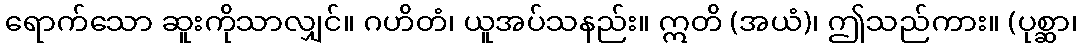
ရောက်သော ဆူးကိုသာလျှင်။ ဂဟိတံ၊ ယူအပ်သနည်း။ ဣတိ (အယံ)၊ ဤသည်ကား။ (ပုစ္ဆာ၊